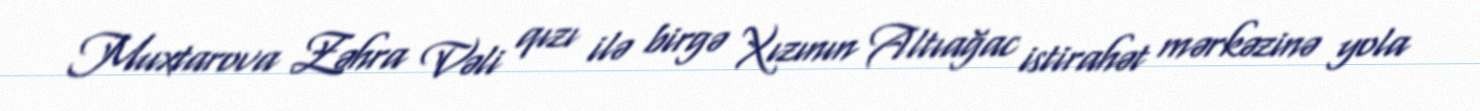
Muxtarova Zəhra Vəli qızı ilə birgə Xızının Altıağac istirahət mərkəzinə yola